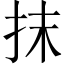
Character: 抹